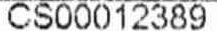
CS00012389